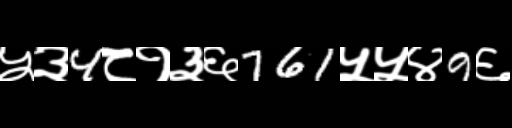
Text: ५३4८१३६761५५४9६